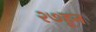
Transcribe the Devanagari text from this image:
२७हून